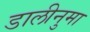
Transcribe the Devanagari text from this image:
डालीनुमा